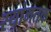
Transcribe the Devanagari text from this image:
स्यांमतक